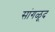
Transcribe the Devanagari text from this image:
सांगळूद